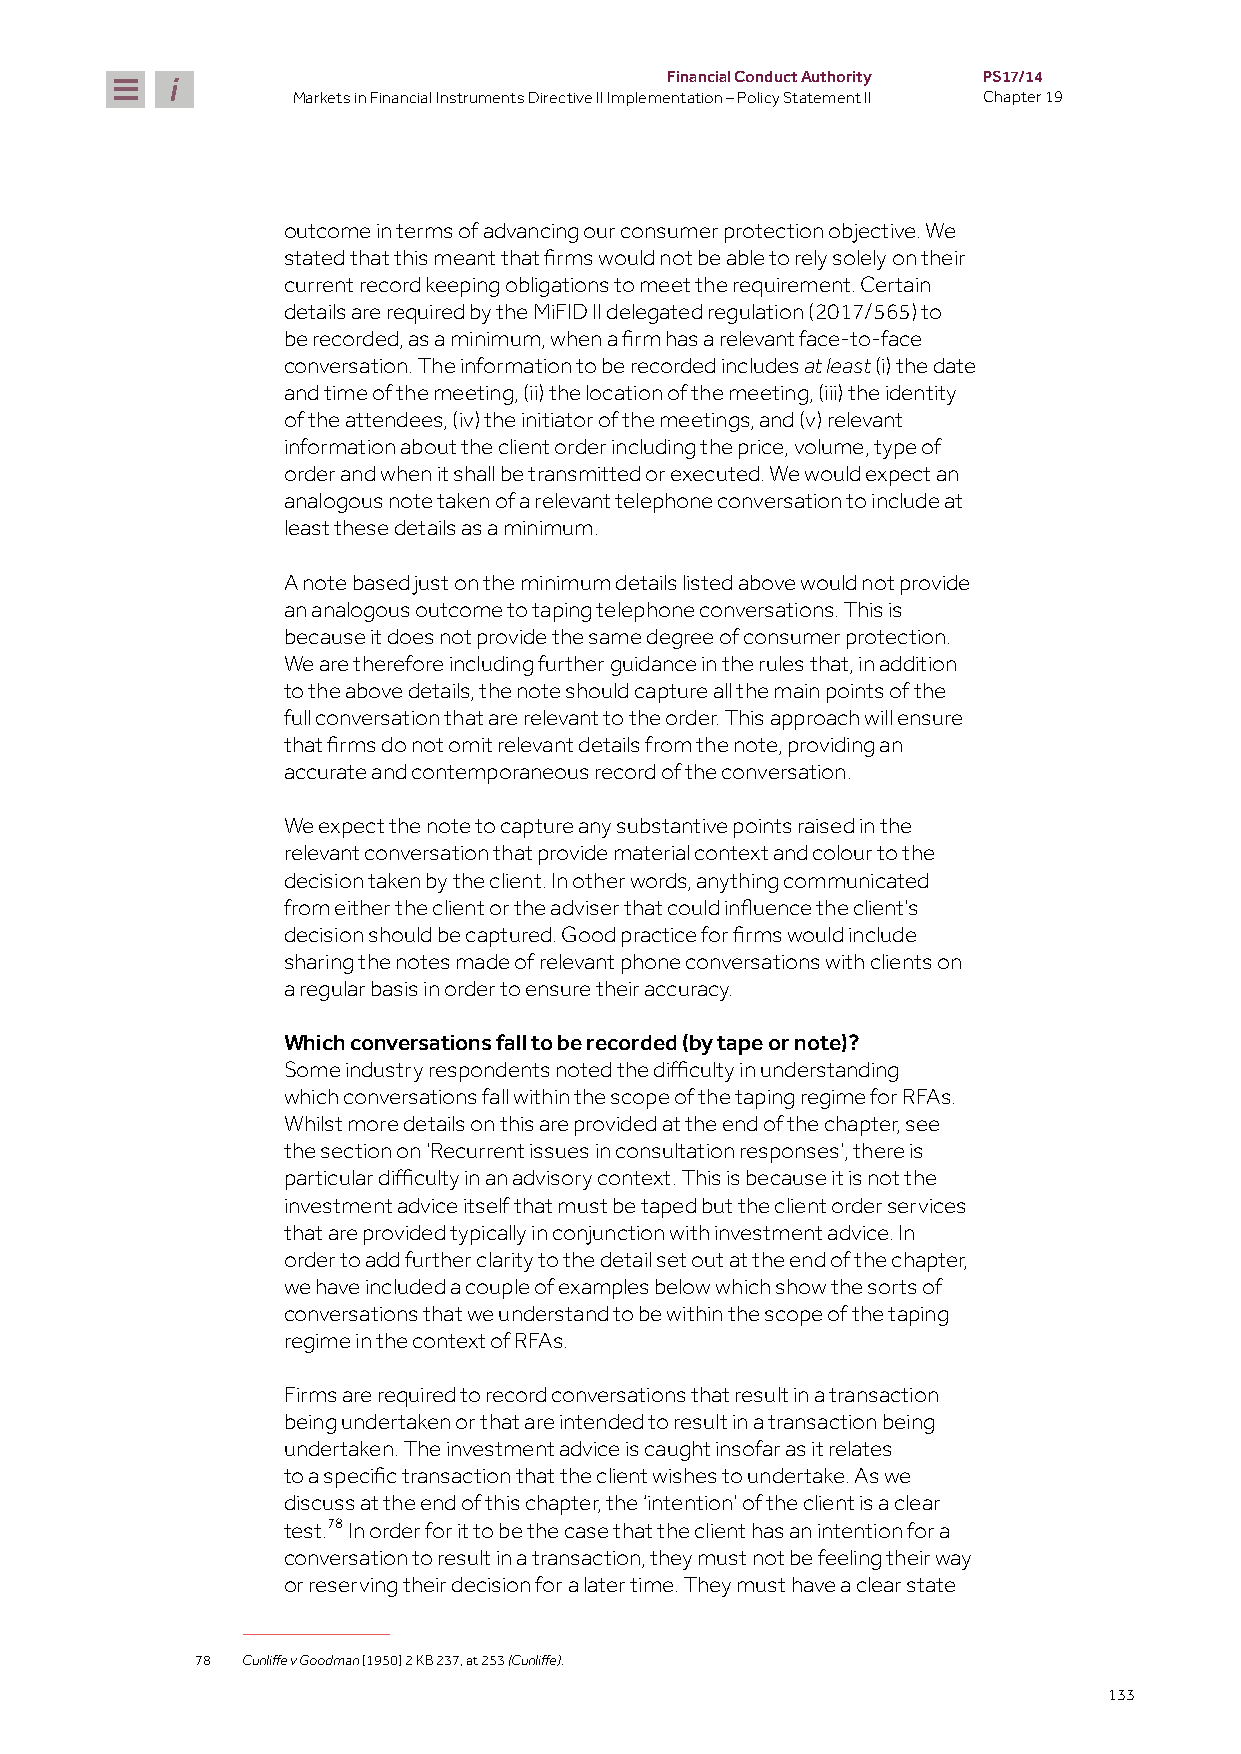
Financial Conduct Authority PS17/14
 Markets in Financial Instruments Directive II Implementation – Policy Statement II Chapter 19
 outcome in terms of advancing our consumer protection objective. We
 stated that this meant that firms would not be able to rely solely on their
 current record keeping obligations to meet the requirement. Certain
 details are required by the MiFID II delegated regulation (2017/565) to
 be recorded, as a minimum, when a firm has a relevant face-to-face
 conversation. The information to be recorded includes at least (i) the date
 and time of the meeting, (ii) the location of the meeting, (iii) the identity
 of the attendees, (iv) the initiator of the meetings, and (v) relevant
 information about the client order including the price, volume, type of
 order and when it shall be transmitted or executed. We would expect an
 analogous note taken of a relevant telephone conversation to include at
 least these details as a minimum.
 A note based just on the minimum details listed above would not provide
 an analogous outcome to taping telephone conversations. This is
 because it does not provide the same degree of consumer protection.
 We are therefore including further guidance in the rules that, in addition
 to the above details, the note should capture all the main points of the
 full conversation that are relevant to the order. This approach will ensure
 that firms do not omit relevant details from the note, providing an
 accurate and contemporaneous record of the conversation.
 We expect the note to capture any substantive points raised in the
 relevant conversation that provide material context and colour to the
 decision taken by the client. In other words, anything communicated
 from either the client or the adviser that could influence the client’s
 decision should be captured. Good practice for firms would include
 sharing the notes made of relevant phone conversations with clients on
 a regular basis in order to ensure their accuracy.
 Which conversations fall to be recorded (by tape or note)?
 Some industry respondents noted the difficulty in understanding
 which conversations fall within the scope of the taping regime for RFAs.
 Whilst more details on this are provided at the end of the chapter, see
 the section on 'Recurrent issues in consultation responses', there is
 particular difficulty in an advisory context. This is because it is not the
 investment advice itself that must be taped but the client order services
 that are provided typically in conjunction with investment advice. In
 order to add further clarity to the detail set out at the end of the chapter,
 we have included a couple of examples below which show the sorts of
 conversations that we understand to be within the scope of the taping
 regime in the context of RFAs.
 Firms are required to record conversations that result in a transaction
 being undertaken or that are intended to result in a transaction being
 undertaken. The investment advice is caught insofar as it relates
 to a specific transaction that the client wishes to undertake. As we
 discuss at the end of this chapter, the ‘intention’ of the client is a clear
 test.78 In order for it to be the case that the client has an intention for a
 conversation to result in a transaction, they must not be feeling their way
 or reserving their decision for a later time. They must have a clear state
 78         [1950] 2 KB 237, at 253
 Cunliffe v Goodman (Cunliffe).
 133